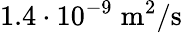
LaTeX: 1.4\cdot 10^{-9}\; \mathrm{m}^{2}/\mathrm{s}